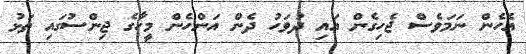
އެހެން ނަމަވެސް ޖެހިގެން އައި ދުވަހު ދެން އަންހެން މީހާގެ ޖިންސުގައި ތަޅު